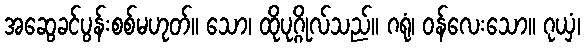
အဆွေခင်ပွန်းစစ်မဟုတ်။ သော၊ ထိုပုဂ္ဂိုလ်သည်။ ဂရုံ၊ ဝန်လေးသော။ ဂုယှံ၊